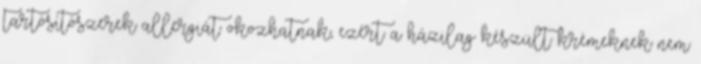
tartósítószerek allergiát okozhatnak, ezért a házilag készült krémeknek nem